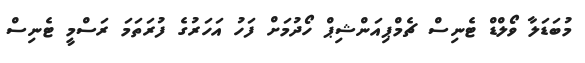
މުބަޑަލާ ވޯލްޑް ޓެނިސް ޗެމްޕިއަންޝިޕް ހޯދުމަށް ފަހު އަހަރުގެ ފުރަތަމަ ރަސްމީ ޓެނިސް